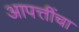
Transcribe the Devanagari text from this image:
आपत्तींचा